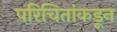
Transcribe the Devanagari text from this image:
परिचितांकडून